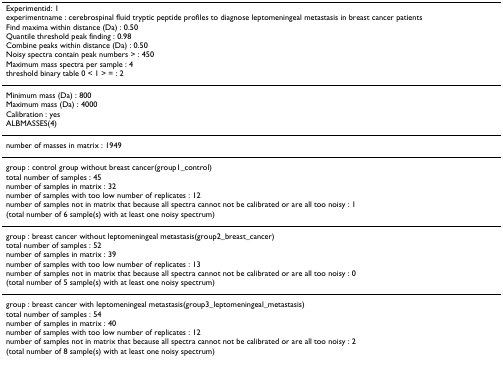
<table><thead><tr><td><b>Experimentid: 1experimentname : cerebrospinal fluid tryptic peptide profiles to diagnose leptomeningeal metastasis in breast cancer patientsFind maxima within distance (Da) : 0.50Quantile threshold peak finding : 0.98Combine peaks within distance (Da) : 0.50Noisy spectra contain peak numbers &gt; : 450Maximum mass spectra per sample : 4threshold binary table 0 &lt; 1 &gt; = : 2</b></td></tr></thead><tbody><tr><td>Minimum mass (Da) : 800Maximum mass (Da) : 4000Calibration : yesALBMASSES(4)</td></tr><tr><td>number of masses in matrix : 1949</td></tr><tr><td>group : control group without breast cancer(group1_control)total number of samples : 45number of samples in matrix : 32number of samples with too low number of replicates : 12number of samples not in matrix that because all spectra cannot not be calibrated or are all too noisy : 1(total number of 6 sample(s) with at least one noisy spectrum)</td></tr><tr><td>group : breast cancer without leptomeningeal metastasis(group2_breast_cancer)total number of samples : 52number of samples in matrix : 39number of samples with too low number of replicates : 13number of samples not in matrix that because all spectra cannot not be calibrated or are all too noisy : 0(total number of 5 sample(s) with at least one noisy spectrum)</td></tr><tr><td>group : breast cancer with leptomeningeal metastasis(group3_leptomeningeal_metastasis)total number of samples : 54number of samples in matrix : 40number of samples with too low number of replicates : 12number of samples not in matrix that because all spectra cannot not be calibrated or are all too noisy : 2(total number of 8 sample(s) with at least one noisy spectrum)</td></tr></tbody></table>